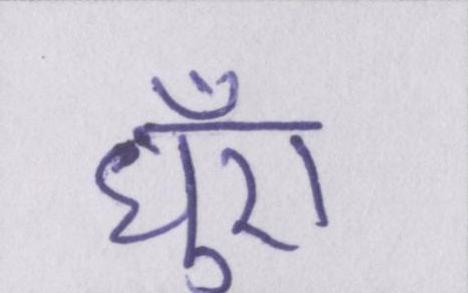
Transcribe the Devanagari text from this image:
धुँए